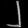
Digit: ၂